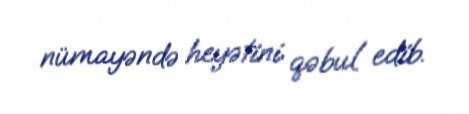
nümayəndə heyətini qəbul edib.